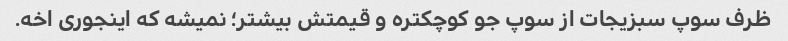
ظرف سوپ سبزیجات از سوپ جو کوچکتره و قیمتش بیشتر؛ نمیشه که اینجوری اخه.